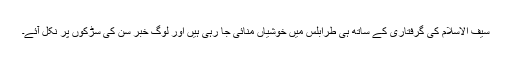
سیف الاسلام کی گرفتاری کے ساتھ ہی طرابلس میں خوشیاں منائی جا رہی ہیں اور لوگ خبر سن کی سڑکوں پر نکل آئے۔